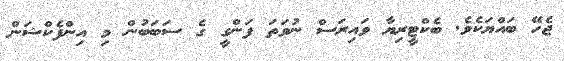
ޖެހޭ ބައްޔަކެެވެ. ބެކްޓީރިޔާ ވައިރަސް ނުވަތަ ފަންގީ ގެ ސަބަބުން މި އިންފެކްޝަން